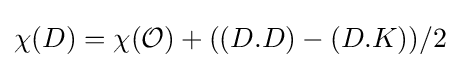
\chi (D)=\chi ({\mathcal {O}})+((D.D)-(D.K))/2